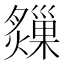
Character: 𤑗